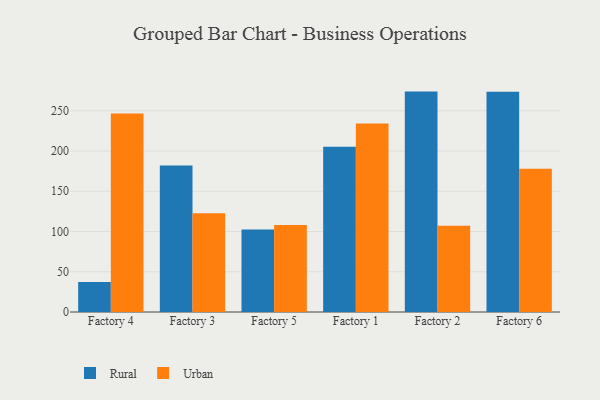
{"axis": {"x": "Factory", "y": "Backlog"}, "legend": ["Rural", "Urban"], "data": [{"x": "Factory 4", "y": 37.4, "type": "Rural"}, {"x": "Factory 4", "y": 246.5, "type": "Urban"}, {"x": "Factory 3", "y": 182.1, "type": "Rural"}, {"x": "Factory 3", "y": 122.7, "type": "Urban"}, {"x": "Factory 5", "y": 102.6, "type": "Rural"}, {"x": "Factory 5", "y": 108.2, "type": "Urban"}, {"x": "Factory 1", "y": 205.2, "type": "Rural"}, {"x": "Factory 1", "y": 234.1, "type": "Urban"}, {"x": "Factory 2", "y": 273.8, "type": "Rural"}, {"x": "Factory 2", "y": 107.0, "type": "Urban"}, {"x": "Factory 6", "y": 273.5, "type": "Rural"}, {"x": "Factory 6", "y": 178.0, "type": "Urban"}]}